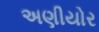
અણીયોર